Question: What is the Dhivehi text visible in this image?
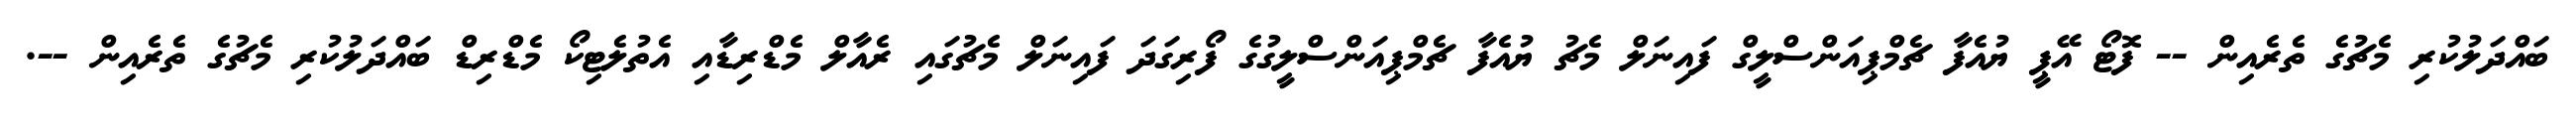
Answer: ބައްދަލުކުރި މެޗުގެ ތެރެއިން -- ފޮޓޯ އޭޕީ ޔުއެފާ ޗެމްޕިއަންސްލީގް ފައިނަލް މެޗު ޔުއެފާ ޗެމްޕިއަންސްލީގުގެ ފޯރިގަދަ ފައިނަލް މެޗުގައި ރެއާލް މެޑްރިޑާއި އެތުލެޓިކޯ މެޑްރިޑް ބައްދަލުކުރި މެޗުގެ ތެރެއިން --.